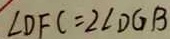
\angle D F C = 2 \angle D G B